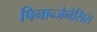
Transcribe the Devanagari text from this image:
पिनान्जेनेसिस